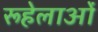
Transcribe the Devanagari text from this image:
रूहेलाओं